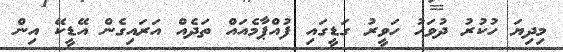
މިދިޔަ ހުކުރު ދުވަހު ހަވީރު ގަޑީގައި ފުއްޕާމެއައް ތަދެއް އަރައިގެން އޭޑީކޭ އިން